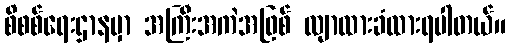
စိစစ်ရေးဌာနမှာ အကြီးအကဲအဖြစ် လျာထားခံထားရပါတယ်။